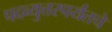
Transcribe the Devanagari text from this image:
पदव्युत्तरपर्यंतचे